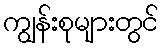
ကျွန်းစုများတွင်